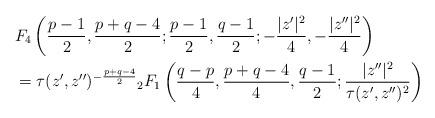
LaTeX: \begin{align*}&F_4\left(\frac{p-1}{2},\frac{p+q-4}{2};\frac{p-1}{2},\frac{q-1}{2};-\frac{|z'|^2}{4},-\frac{|z''|^2}{4}\right)\\&=\tau(z',z'')^{-\frac{p+q-4}{2}}{}_2F_1\left(\frac{q-p}{4},\frac{p+q-4}{4},\frac{q-1}{2};\frac{|z''|^2}{\tau(z',z'')^{2}}\right)\end{align*}